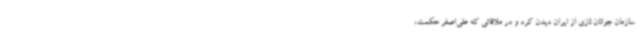
سازمان جوانان نازی از ایران دیدن کرد و در ملاقاتی که علی‌اصغر حکمت،